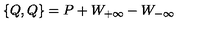
\{ Q , Q \} = P + W _ { + \infty } - W _ { - \infty }